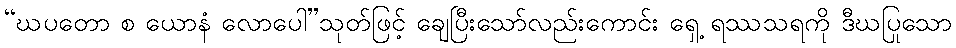
“ဃပတော စ ယောနံ လောပေါ”သုတ်ဖြင့် ချေပြီးသော်လည်းကောင်း ရှေ့ ရဿသရကို ဒီဃပြုသော